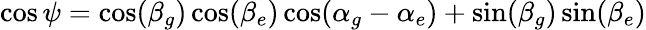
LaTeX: \cos\psi=\cos(\beta_{g})\cos(\beta_{e})\cos(\alpha_{g}-\alpha_{e})+\sin(\beta_{g})\sin(\beta_{e})